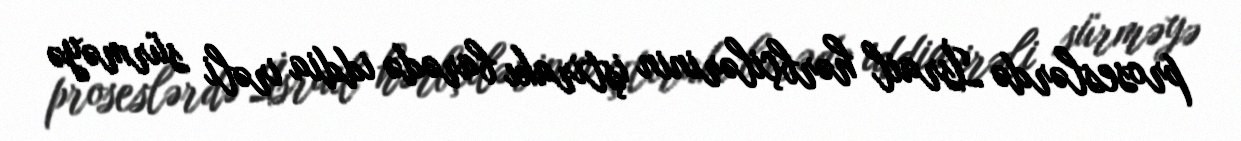
proseslərdə İsrail hərbçilərinin iştirakı barədə iddia irəli sürməyə